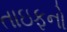
તાઇફનો